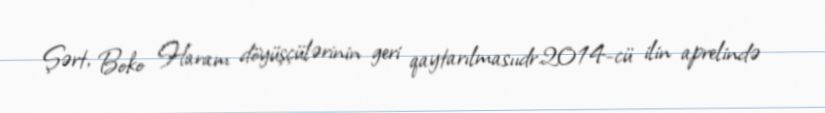
Şərt, Boko Haram döyüşçülərinin geri qaytarılmasııdr.2014-cü ilin aprelində